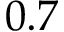
0 . 7